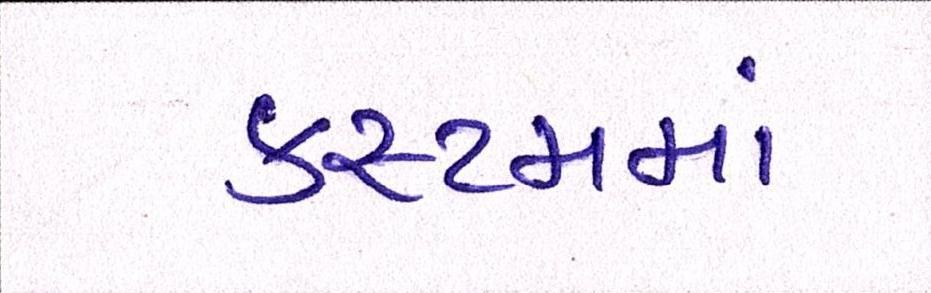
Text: કસ્ટમમાં